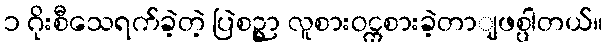
၁ ဂိုးစီသေရက်ခဲ့တဲ့ ပြဲစဉ္မွာ လူစားဝင္ကစားခဲ့တာျဖစ္ပါတယ်။